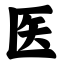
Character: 医